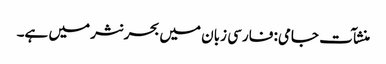
منشآت جامی: فارسی زبان میں بحر نثر میں ہے۔